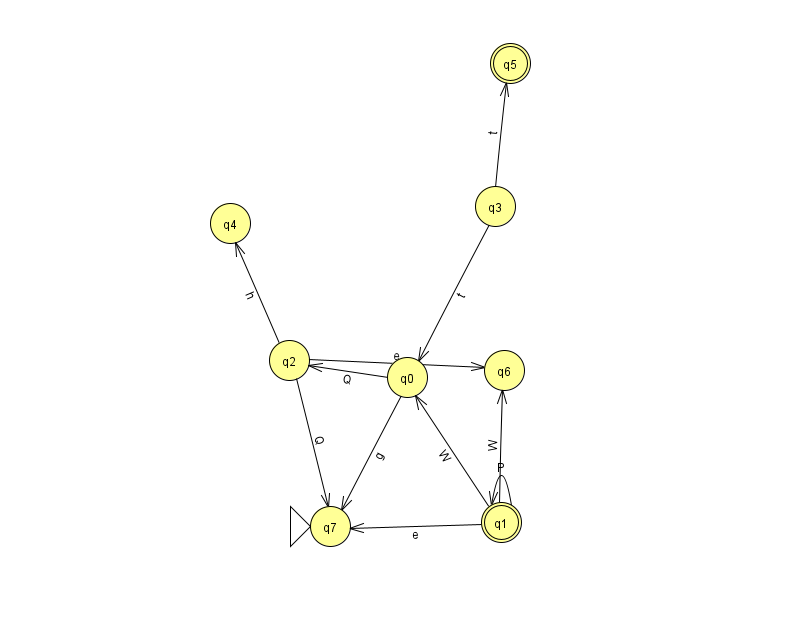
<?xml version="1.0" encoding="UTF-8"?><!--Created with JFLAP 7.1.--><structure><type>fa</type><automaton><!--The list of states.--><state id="0" name="q0"><x>407.0</x><y>364.0</y></state><state id="1" name="q1"><x>501.0</x><y>509.0</y><final/></state><state id="2" name="q2"><x>289.0</x><y>347.0</y></state><state id="3" name="q3"><x>495.0</x><y>193.0</y></state><state id="4" name="q4"><x>230.0</x><y>210.0</y></state><state id="5" name="q5"><x>510.0</x><y>50.0</y><final/></state><state id="6" name="q6"><x>504.0</x><y>357.0</y></state><state id="7" name="q7"><x>330.0</x><y>513.0</y><initial/></state><!--The list of transitions.--><transition><from>1</from><to>1</to><read>P</read></transition><transition><from>0</from><to>7</to><read>g</read></transition><transition><from>3</from><to>5</to><read>t</read></transition><transition><from>2</from><to>4</to><read>h</read></transition><transition><from>3</from><to>0</to><read>t</read></transition><transition><from>1</from><to>6</to><read>W</read></transition><transition><from>2</from><to>6</to><read>e</read></transition><transition><from>1</from><to>0</to><read>W</read></transition><transition><from>2</from><to>7</to><read>Q</read></transition><transition><from>0</from><to>2</to><read>Q</read></transition><transition><from>1</from><to>7</to><read>e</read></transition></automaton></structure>